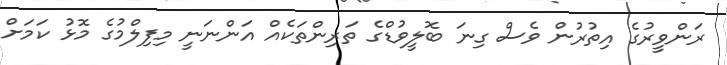
ރަންވީރުގެ އިތުރުން ވެސް ގިނަ ބޮލީވުޑްގެ ތަރިންތަކެއް އަންނަނީ މިފިލްމުގެ މޮޅު ކަމަށް